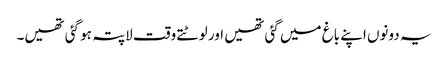
یہ دونوں اپنے باغ میں گئی تھیں اور لوٹتے وقت لاپتہ ہو گئی تھیں۔